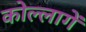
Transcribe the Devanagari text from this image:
कोल्लागें